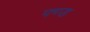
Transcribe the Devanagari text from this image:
फ्ण्ड